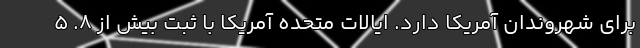
برای شهروندان آمریکا دارد. ایالات متحده آمریکا با ثبت بیش از 8. 5